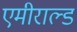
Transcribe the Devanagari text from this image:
एमीराल्ड